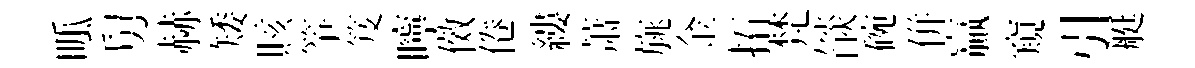
呱舅赫矮賅筝笈嚀傚倦縷萧旐金拓梵燄碗併贏窺引艇